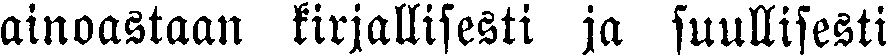
ainoastaan kirjallisesti ja suullisesti